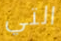
التي